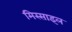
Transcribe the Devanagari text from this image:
मिस्साइल